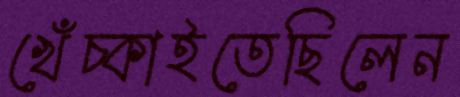
খেঁচ্‌কাইতেছিলেন